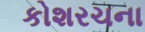
કોશરચના